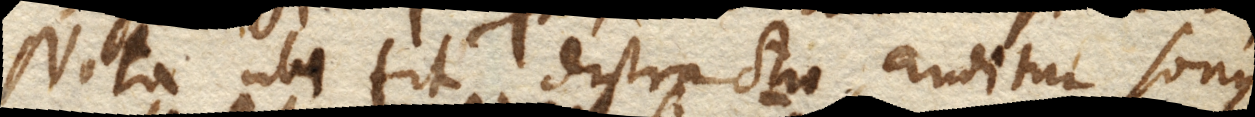
Nota ubi fit distractio, auditur sonus